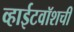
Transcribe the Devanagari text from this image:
व्हाईटवॉशची